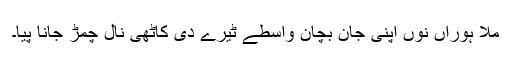
مُلا ہوراں نوں اپنی جان بچان واسطے ٹیرے دی کاٹھی نال چمڑ جانا پیا۔